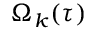
\Omega _ { k } ( \tau )